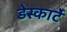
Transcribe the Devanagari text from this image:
डेस्कार्टे